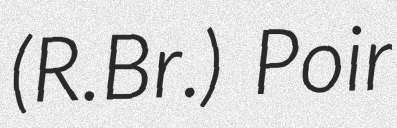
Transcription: (R.Br.) Poir